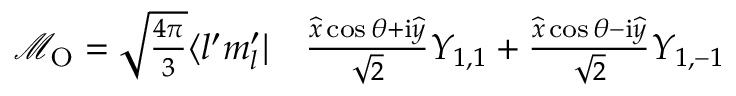
\begin{array} { r l } { \mathcal { M } _ { \mathrm { { O } } } = \sqrt { \frac { 4 \pi } { 3 } } \langle l ^ { \prime } m _ { l } ^ { \prime } | } & { { } \frac { \widehat { x } \cos \theta + \mathrm { i } \widehat { y } } { \sqrt { 2 } } Y _ { 1 , 1 } + \frac { \widehat { x } \cos \theta - \mathrm { i } \widehat { y } } { \sqrt { 2 } } Y _ { 1 , - 1 } } \end{array}